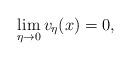
LaTeX: \begin{align*} \lim_{\eta\to0}v_\eta(x)=0,\end{align*}